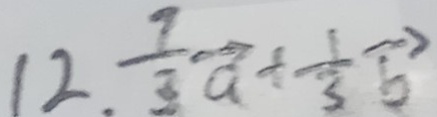
1 2 . \frac { 7 } { 3 } \overrightarrow { a } + \frac { 1 } { 3 } \overrightarrow { b }